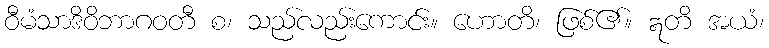
ဝီမံသာဒိဝိဘာဂဝတီ စ၊ သည်လည်းကောင်း။ ဟောတိ၊ ဖြစ်၏။ ဣတိ အယံ၊